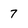
Character: 7